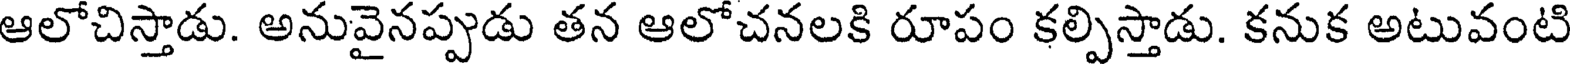
ఆలోచిస్తాడు. అనువైనప్పుడు తన ఆలోచనలకి రూపం కల్పిస్తాడు. కనుక అటువంటి